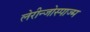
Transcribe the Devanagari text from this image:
लेरीन्जोस्पाज्म